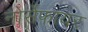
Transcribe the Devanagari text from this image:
नोर्सेफायर